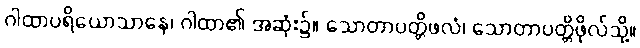
ဂါထာပရိယောသာနေ၊ ဂါထာ၏ အဆုံး၌။ သောတာပတ္တိဖလံ၊ သောတာပတ္တိဖိုလ်သို့။